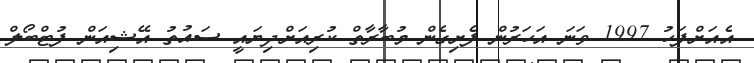
އެއަށްފަހު 1997 ވަނަ އަހަރުން ފެށިގެން މުބާރާތް ކުރިއަށްދިޔައީ ސައުތު އޭޝިއަން ފުޓްބޯލް